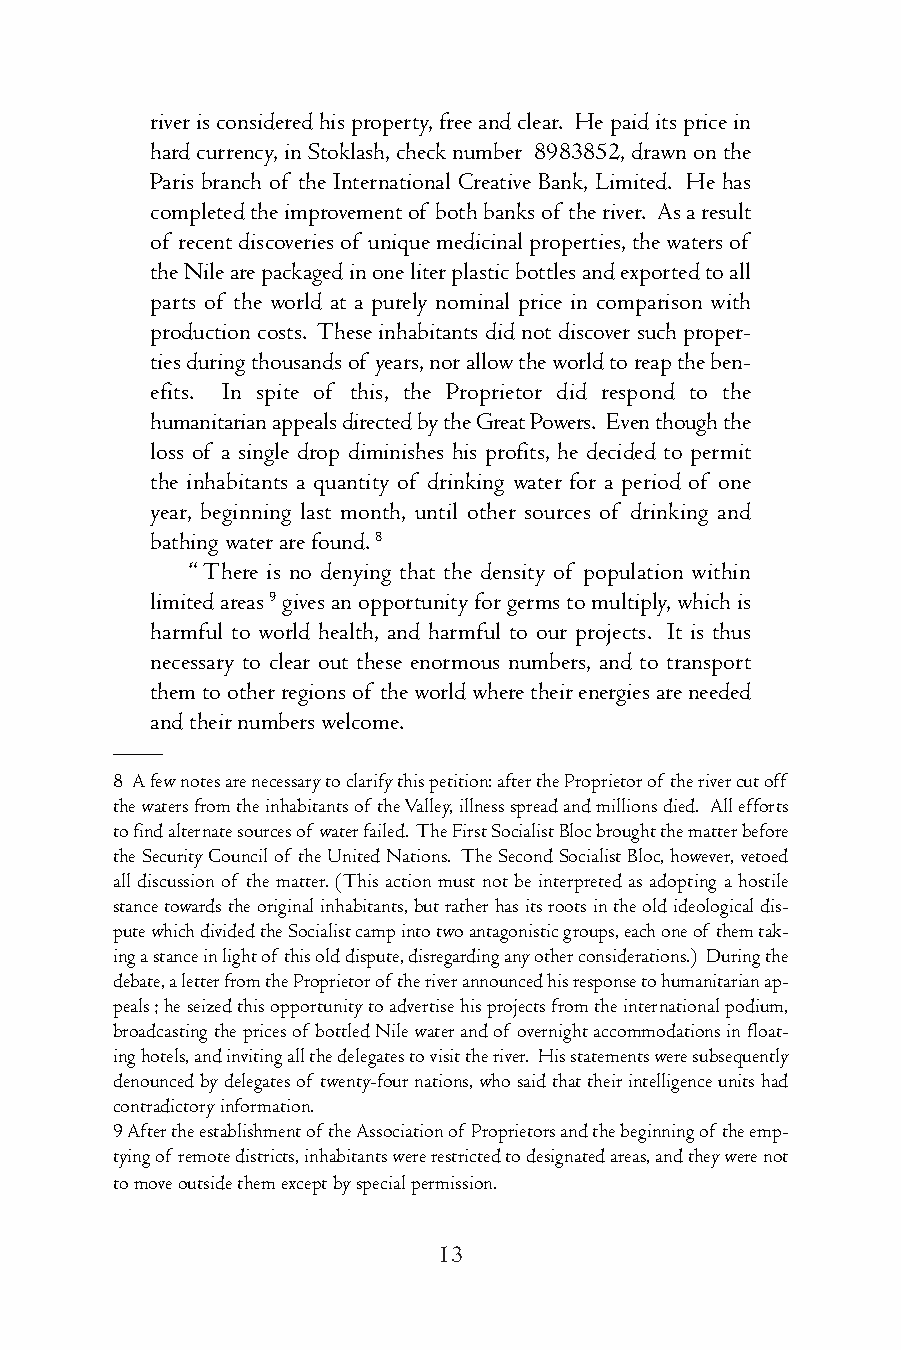
riverisconsideredhisproperty,freeandclear. Hepaiditspricein
 hardcurrency,inStoklash,checknumber 8983852,drawnonthe
 Paris branch of the International Creative Bank, Limited. He has
 completedtheimprovementof bothbanksof theriver. Asaresult
 of recentdiscoveriesof uniquemedicinalproperties,thewatersof
 theNilearepackagedinoneliterplasticbottlesandexportedtoall
 parts of the world at a purely nominal price in comparison with
 productioncosts. Theseinhabitantsdidnotdiscover suchproper-
 tiesduringthousandsof years,norallowtheworldtoreaptheben-
 efits. In spite of this, the Proprietor did respond to the
 humanitarianappealsdirectedbytheGreatPowers. Eventhoughthe
 loss of a single drop diminishes his profits, he decided to permit
 the inhabitants a quantity of drinking water for a period of one
 year, beginning last month, until other sources of drinking and
 bathingwaterarefound.8
 “There is no denying that the density of population within
 limitedareas9givesanopportunityforgermstomultiply,whichis
 harmful to world health, and harmful to our projects. It is thus
 necessary to clear out these enormous numbers, and to transport
 themtootherregionsof theworldwheretheirenergiesareneeded
 andtheirnumberswelcome.
 ——
 8 Afewnotesarenecessarytoclarifythispetition:aftertheProprietorof therivercutoff
 thewatersfromtheinhabitantsof theValley,illnessspreadandmillionsdied. Allefforts
 tofindalternatesourcesof waterfailed. TheFirstSocialistBlocbroughtthematterbefore
 theSecurityCouncilof theUnitedNations. TheSecondSocialistBloc,however,vetoed
 all discussion of the matter. (This action must not be interpreted as adopting a hostile
 stancetowardstheoriginalinhabitants,butratherhasitsrootsintheoldideologicaldis-
 putewhichdividedtheSocialistcampintotwoantagonisticgroups,eachoneof themtak-
 ingastanceinlightof thisolddispute,disregardinganyotherconsiderations.) Duringthe
 debate,aletterfromtheProprietorof theriverannouncedhisresponsetohumanitarianap-
 peals;heseizedthisopportunitytoadvertisehisprojectsfromtheinternationalpodium,
 broadcastingthepricesof bottledNilewaterandof overnightaccommodationsinfloat-
 inghotels,andinvitingallthedelegatestovisittheriver. Hisstatementsweresubsequently
 denouncedbydelegatesof twenty-fournations,whosaidthattheirintelligenceunitshad
 contradictoryinformation.
 9Aftertheestablishmentof theAssociationof Proprietorsandthebeginningof theemp-
 tyingof remotedistricts,inhabitantswererestrictedtodesignatedareas,andtheywerenot
 tomoveoutsidethemexceptbyspecialpermission.
 13